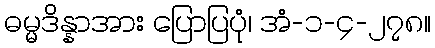
ဓမ္မဒိန္နာအား ပြောပြပုံ၊ အံ-၁-၄-၂၇၈။